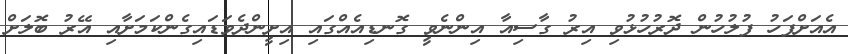
އެއަށްފަހު ފުލުހުން ދޮރުހުޅުވި އިރު ގާސިއާ އިންނެވީ ގޮނޑިއެއްގައި އިށީންދެވަޑައިގެންކަމަށާއި އޭރު ބޮލަށް